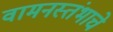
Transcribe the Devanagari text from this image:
वामनस्तंभाचे